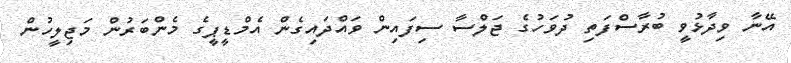
އޭނާ ވިދާޅުވީ ބުރާސްފަތި ދުވަހުގެ ޖަލްސާ ސިފައިން ވައްދައިގެން އެމްޑީޕީގެ މެންބަރުން މަޖިލީހުން